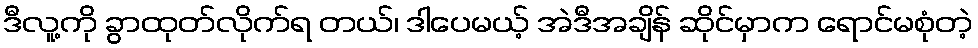
ဒီလူ့ကို ခွာထုတ်လိုက်ရ တယ်၊ ဒါပေမယ့် အဲဒီအချိန် ဆိုင်မှာက ရောင်မစုံတဲ့